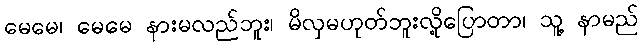
မေမေ၊ မေမေ နားမလည်ဘူး၊ မိလှမဟုတ်ဘူးလို့ပြောတာ၊ သူ့ နာမည်